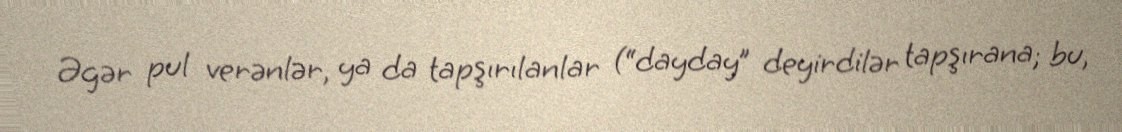
Əgər pul verənlər, ya da tapşırılanlar (“dayday” deyirdilər tapşırana; bu,